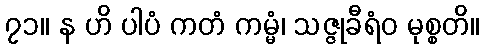
၇၁။ န ဟိ ပါပံ ကတံ ကမ္မံ၊ သဇ္ဇုခီရံဝ မုစ္စတိ။